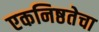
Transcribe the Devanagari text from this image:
एकनिष्ठतेचा